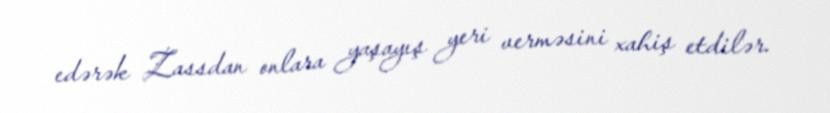
edərək Zassdan onlara yaşayış yeri verməsini xahiş etdilər.